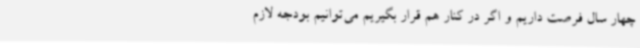
چهار سال فرصت داریم و اگر در کنار هم قرار بگیریم می‌توانیم بودجه لازم